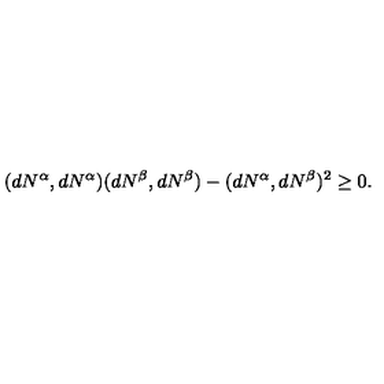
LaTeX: ( d N ^ { \alpha } , d N ^ { \alpha } ) ( d N ^ { \beta } , d N ^ { \beta } ) - ( d N ^ { \alpha } , d N ^ { \beta } ) ^ { 2 } \geq 0 .